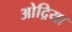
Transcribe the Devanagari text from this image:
ओद्रिया